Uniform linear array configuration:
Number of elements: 4
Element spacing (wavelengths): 0.75
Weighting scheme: uniform
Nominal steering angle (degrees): -60
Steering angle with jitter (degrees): -60.669
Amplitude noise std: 0.05
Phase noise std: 0.05

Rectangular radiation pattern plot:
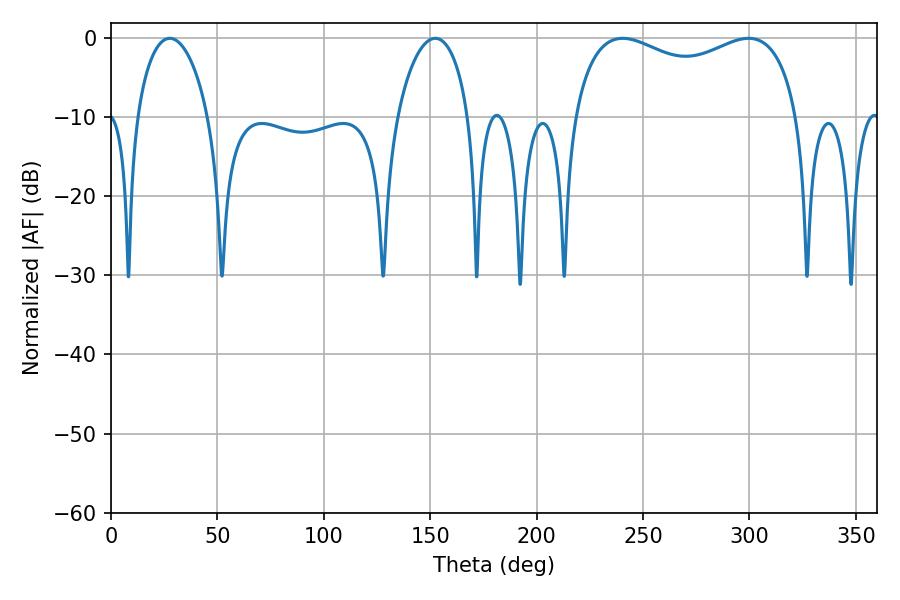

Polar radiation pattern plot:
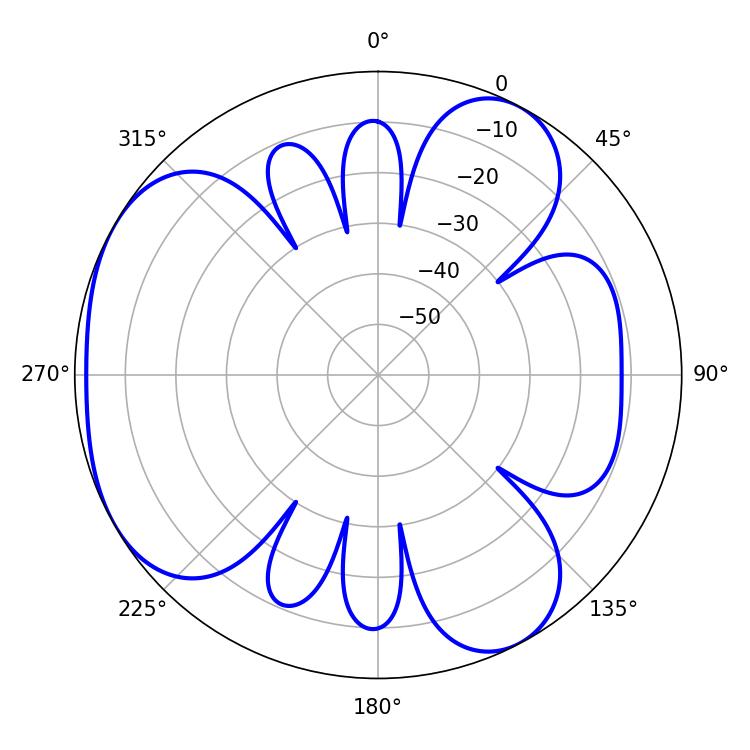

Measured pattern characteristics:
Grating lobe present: TRUE
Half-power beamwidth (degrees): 87.48
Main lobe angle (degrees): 240.48